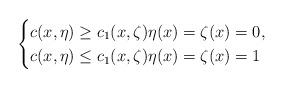
LaTeX: \begin{align*}\begin{cases}c(x,\eta)\geq c_1(x,\zeta) \eta(x)=\zeta(x)=0,\\c(x,\eta)\leq c_1(x,\zeta) \eta(x)=\zeta(x)=1\end{cases}\end{align*}